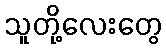
သူတို့လေးတွေ